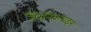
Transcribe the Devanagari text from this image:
वैरेनिक्लाइन